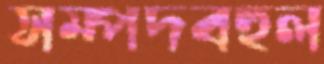
সম্পদবহুল